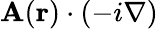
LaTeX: \mathbf{A}(\mathbf{r})\cdot(-i\nabla)